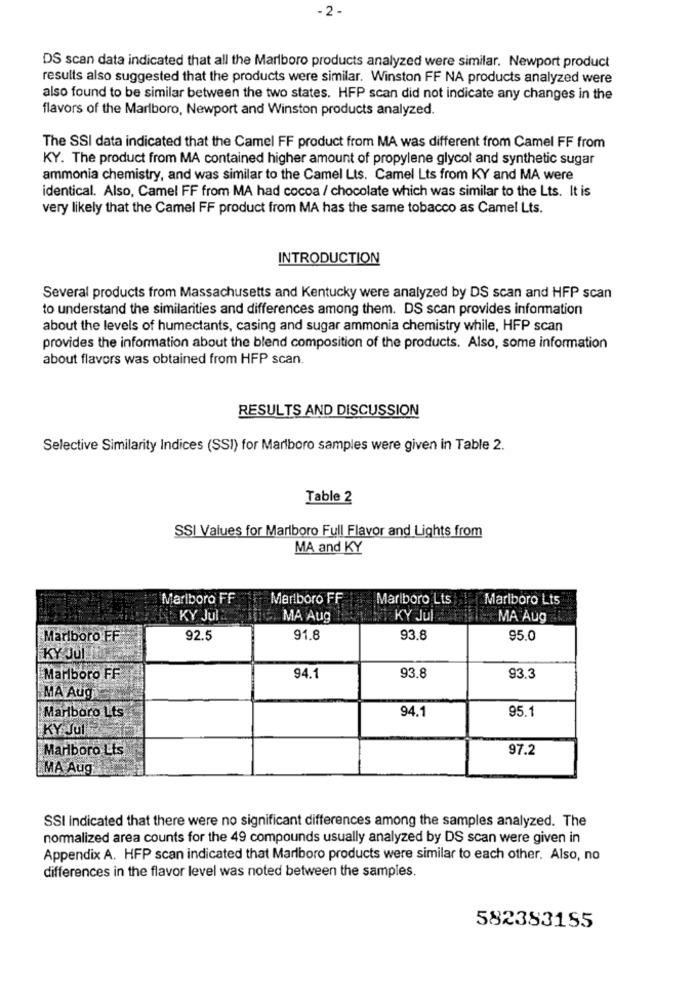
-2 -
DS scan data indicated that all the Marlboro products analyzed were similar. Newport product
results also suggested that the products were similar. Winston FF NA products analyzed were
also found to be similar between the two states. HFP scan did not indicate any changes in the
flavors of the Marlboro, Newport and Winston products analyzed.
The SSI data indicated that the Camel FF product from MA was different from Camel FF from
KY. The product from MA contained higher amount of propylene glycol and synthetic sugar
ammonia chemistry, and was similar to the Camel Lts. Camel Lts from KY and MA were
identical. Also, Camel FF from MA had cocoa / chocolate which was similar to the Lts. It is
very likely that the Camel FF product from MA has the same tobacco as Camel Lts.
INTRODUCTION
Several products from Massachusetts and Kentucky were analyzed by DS scan and HFP scan
to understand the similarities and differences among them. DS scan provides information
about the levels of humectants, casing and sugar ammonia chemistry while, HFP scan
provides the information about the blend composition of the products. Also, some information
about flavors was obtained from HFP scan.
RESULTS AND DISCUSSION
Selective Similarity Indices (SSI) for Marlboro samples were given in Table 2.
Table 2
SSI Values for Marlboro Full Flavor and Lights from
MA and KY
Marlboro FF
Marlboro FF
Mariboro Lts
Marlboro Lts
KY Jul
MA Aug
KY Jul
MA Aug
Marlboro FF
92.5
91.8
93.8
95.0
KY Jul
93.8
Marlboro FF
94.1
93.3
MA Aug
94.1
95.1
Marlboro Lts
KY Jul
Marlboro Lts
97.2
LMA Aug
SSI indicated that there were no significant differences among the samples analyzed. The
normalized area counts for the 49 compounds usually analyzed by DS scan were given in
Appendix A. HFP scan indicated that Marlboro products were similar to each other. Also, no
differences in the flavor level was noted between the samples.
582383155